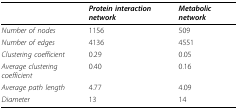
<table><thead><tr><td></td><td><b><i>Protein interaction network</i></b></td><td><b><i>Metabolic network</i></b></td></tr></thead><tbody><tr><td><i>Number of nodes</i></td><td>1156</td><td>509</td></tr><tr><td><i>Number of edges</i></td><td>4136</td><td>4551</td></tr><tr><td><i>Clustering coefficient</i></td><td>0.29</td><td>0.05</td></tr><tr><td><i>Average clustering coefficient</i></td><td>0.40</td><td>0.16</td></tr><tr><td><i>Average path length </i></td><td>4.77</td><td>4.09</td></tr><tr><td><i>Diameter</i></td><td>13</td><td>14</td></tr></tbody></table>